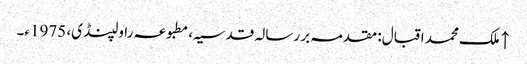
↑ ملک محمد اقبال: مقدمہ بر رسالہ قدسیہ، مطبوعہ راولپنڈی، 1975ء۔